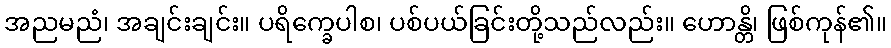
အညမညံ၊ အချင်းချင်း။ ပရိက္ခေပါစ၊ ပစ်ပယ်ခြင်းတို့သည်လည်း။ ဟောန္တိ၊ ဖြစ်ကုန်၏။